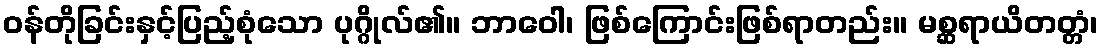
ဝန်တိုခြင်းနှင့်ပြည့်စုံသော ပုဂ္ဂိုလ်၏။ ဘာဝေါ၊ ဖြစ်ကြောင်းဖြစ်ရာတည်း။ မစ္ဆရာယိတတ္တံ၊